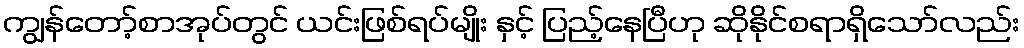
ကျွန်တော့်စာအုပ်တွင် ယင်းဖြစ်ရပ်မျိုး နှင့် ပြည့်နေပြီဟု ဆိုနိုင်စရာရှိသော်လည်း